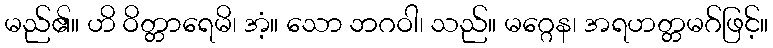
မည်၏။ ဟိ ဝိတ္တာရေမိ၊ အံ့။ သော ဘဂဝါ၊ သည်။ မဂ္ဂေန၊ အရဟတ္တမဂ်ဖြင့်။